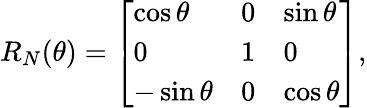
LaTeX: R_{N}(\theta)=\left[\begin{array}{lll}{\cos\theta}&{0}&{\sin\theta}\\ {0}&{1}&{0}\\ {-\sin\theta}&{0}&{\cos\theta}\end{array}\right],